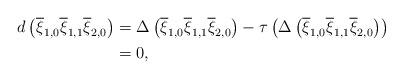
LaTeX: \begin{align*} d\left(\overline{\xi}_{1,0}\overline{\xi}_{1,1}\overline{\xi}_{2,0}\right) &= \Delta\left( \overline{\xi}_{1,0}\overline{\xi}_{1,1}\overline{\xi}_{2,0}\right) - \tau\left( \Delta\left( \overline{\xi}_{1,0}\overline{\xi}_{1,1}\overline{\xi}_{2,0}\right)\right) \\ &= 0,\end{align*}